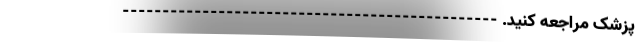
پزشک مراجعه کنید. -----------------------------------------------